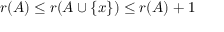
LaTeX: r ( A ) \leq r ( A \cup \{ x \} ) \leq r ( A ) + 1